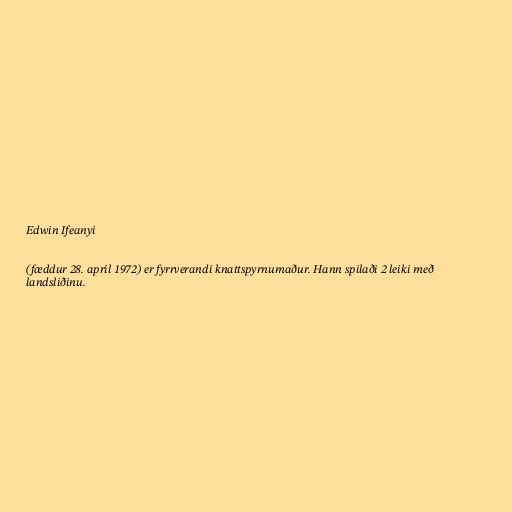
Edwin Ifeanyi

(fæddur 28. apríl 1972) er fyrrverandi knattspyrnumaður. Hann spilaði 2 leiki með
landsliðinu.